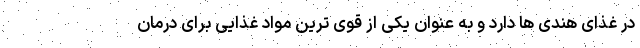
در غذای هندی ها دارد و به عنوان یکی از قوی ترین مواد غذایی برای درمان